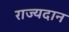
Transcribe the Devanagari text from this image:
राज्यदान